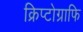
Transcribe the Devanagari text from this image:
क्रिप्टोग्राफि